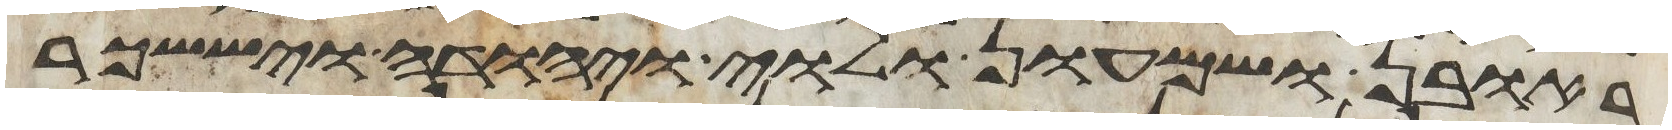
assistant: ראובן ושמעון ולוי ויהודה ויששכר